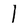
Character: I